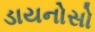
ડાયનોસો